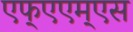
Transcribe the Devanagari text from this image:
एफ्‌एएम्‌एस